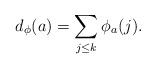
LaTeX: \begin{align*}d_{\phi}(a) = \sum_{j\leq k} \phi_a(j). \end{align*}